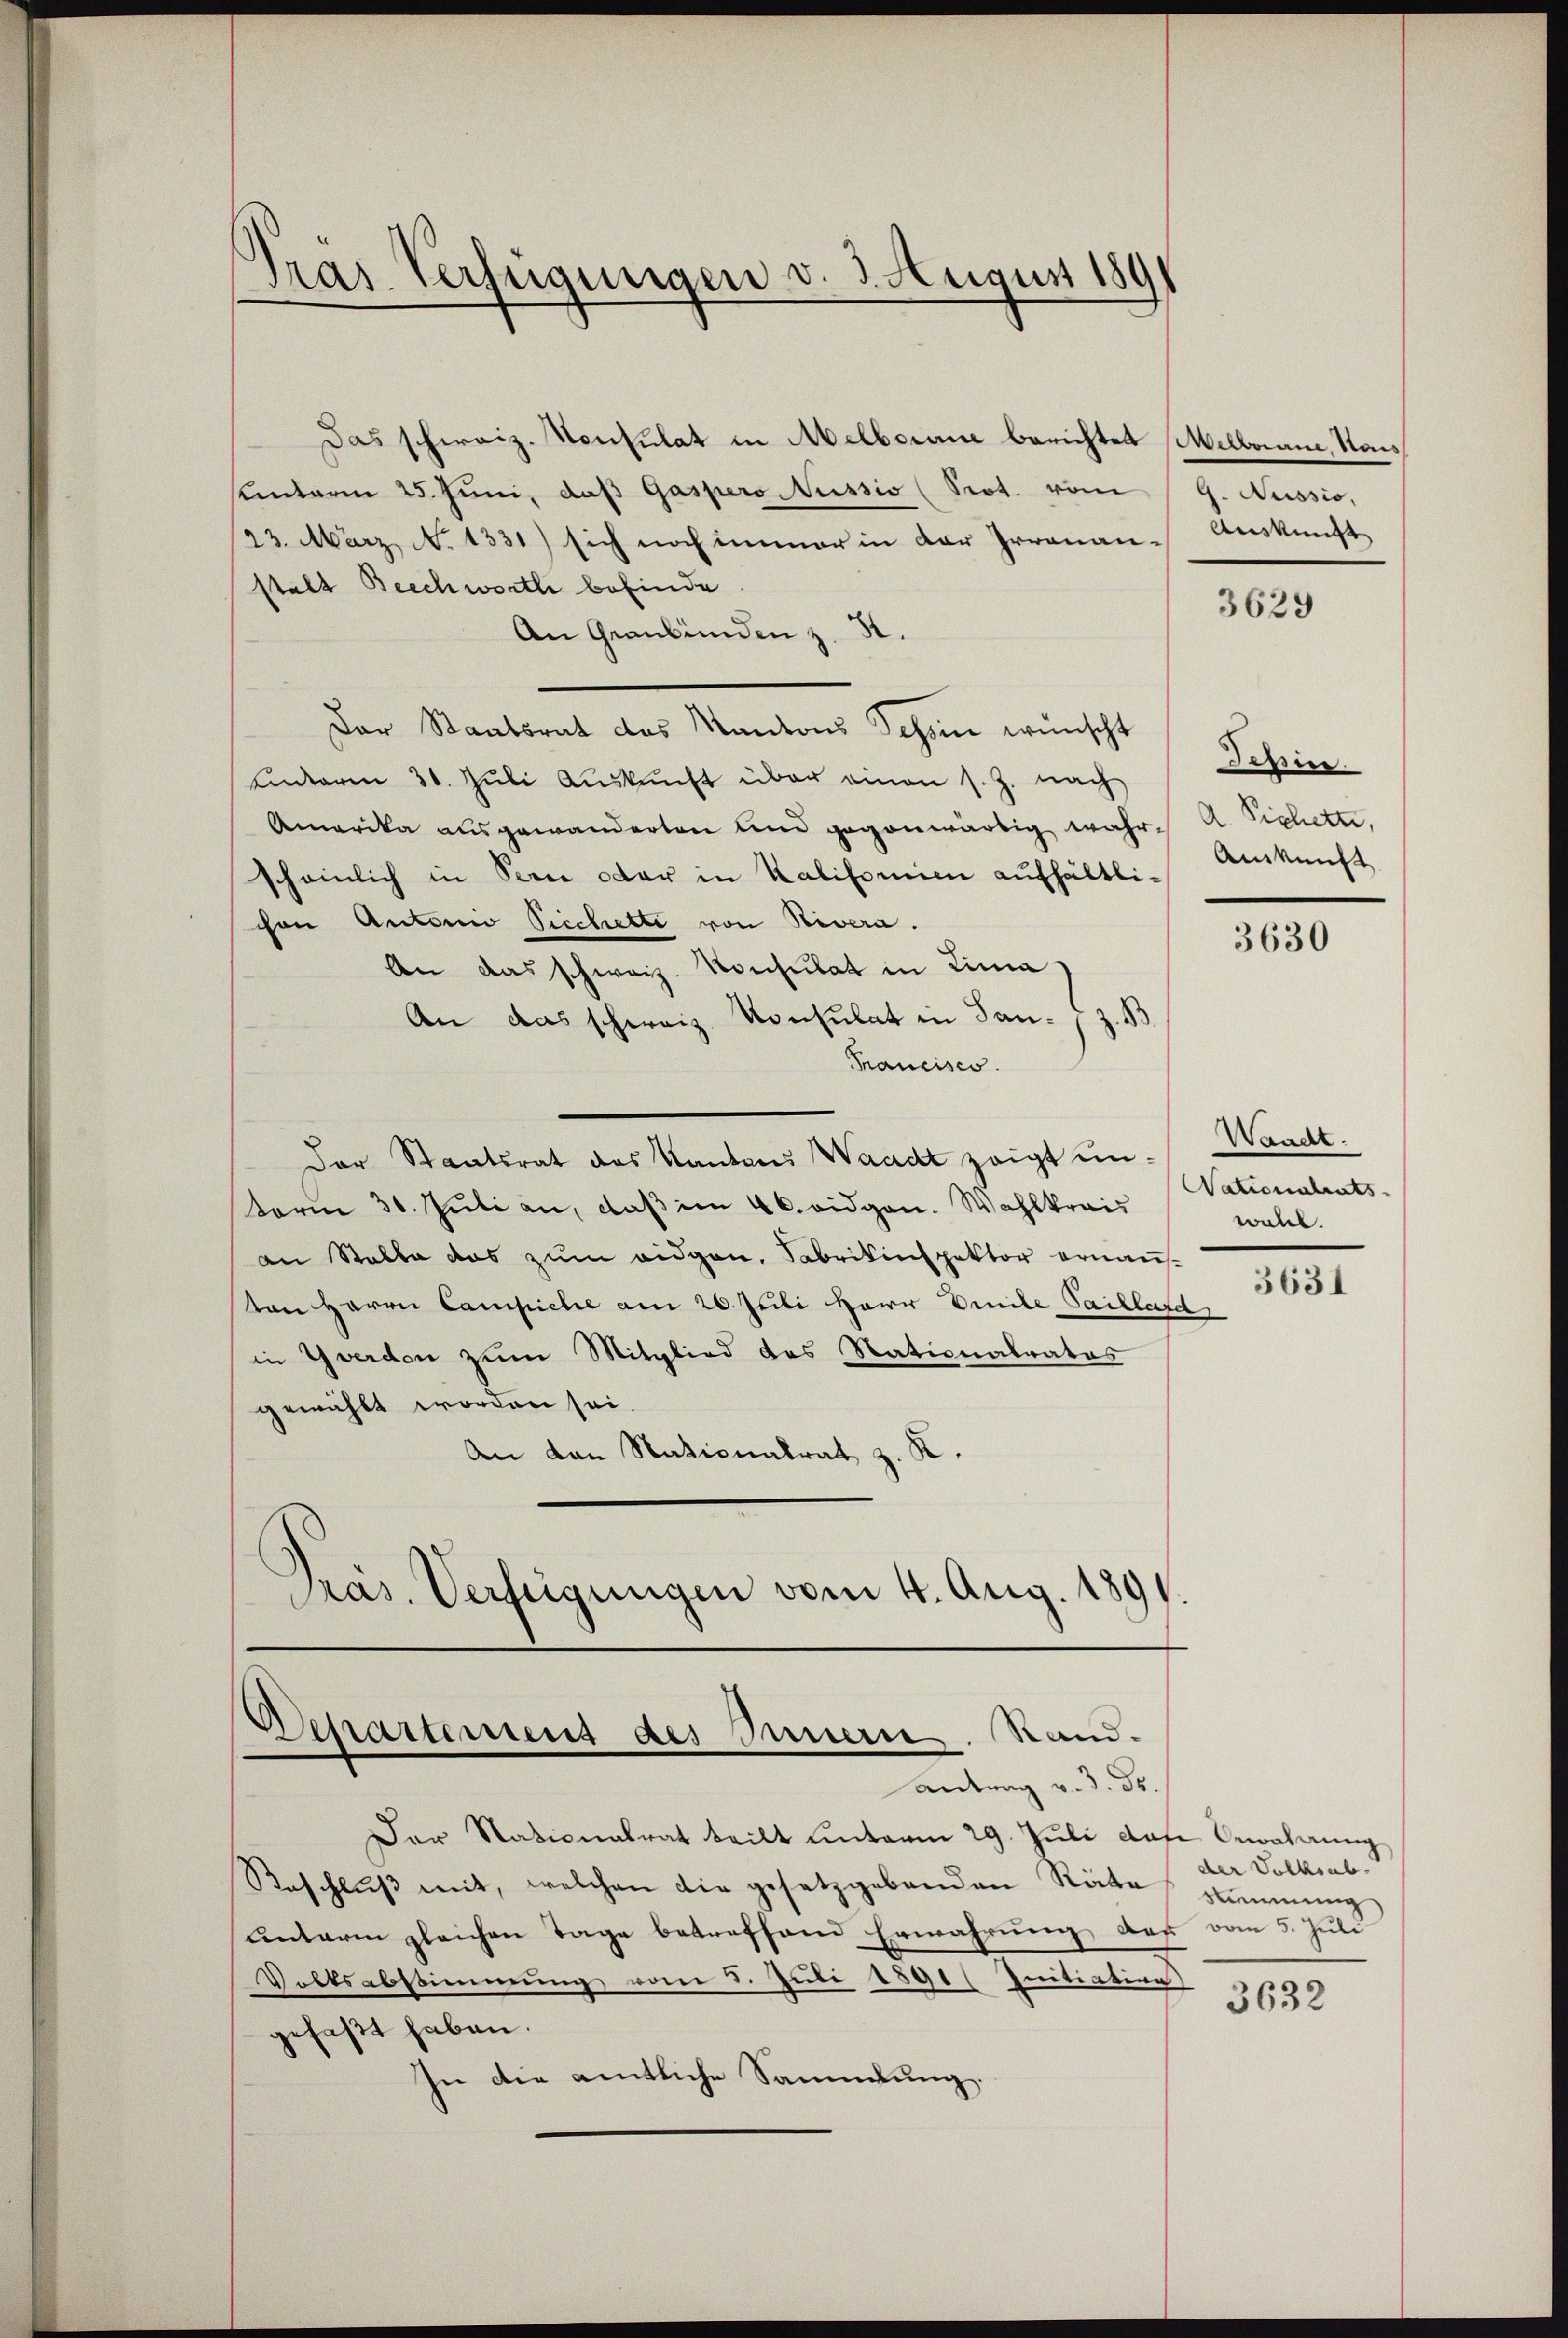
Pras. Verfügungen v. 3. August 1891

Das schweiz. Konsulat in Melborne berichtet (Melborane, Kais
hunterm 25. Juni, daβ Gaspero Nussio (Prot. vom 9. Nussio,
23. März, N. 1331) sich noch immer in der Irronau-Auskunft
stalt Beschwortli befinde.
An Graubünden z. S.
Der Staatsrat des Kantons Schön wünscht Tessin.
Lnterm 30. Jŭli Aŭskŭnft über einen s. Z. nach
Amerika ausgewanderten und gegenwärtig wahr. A. Sichette,
scheinlich in Bern oder in Kalifornien aufhältlichen Autorio Vicchette von Nivera.
An das schweiz. Konsulat in Lina
An das schweiz. Konsulat in San. / z. B
Trancisco.
Der Staatsrat des Kantons Waadt zeigt un¬
Form 30. Juli an, daß im 46. eidgen. Wahlkreis
an Stalla das zum eidgen. Fabrikinspektor ernauston Herrn Campiche am 26. Juli Herr Emile Paillard
in Yverden zum Mitglied des Nationalrates
gewählt worden sei.
An den Nationalrat z. K.
Präs. Verfügungen vom 4. Aug. 1891.

Schartemens des Innern. Sand¬
Antrag v. 3. ds.

Der Nationalrat teilt unterm 29. Juli das Bewahrung
Raschlŭβ mit, welchen die gesetzgebenden Räte stimmung
unterm gleichen Tage betreffend Erwährung des vom 5. Juli
Volksabstimmung vom 5. Juli 1891 ( Initiation
3632
gefaßt haben.
In die amtliche Sammlung.

3629

Auskunft

3630

Waadt.
Nationalrats
wall.

3631

der Volksab.